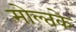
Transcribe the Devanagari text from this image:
मोल्तके